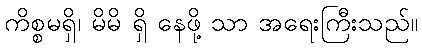
ကိစ္စမရှိ၊ မိမိ ရှိ နေဖို့ သာ အရေးကြီးသည်။